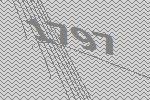
1797